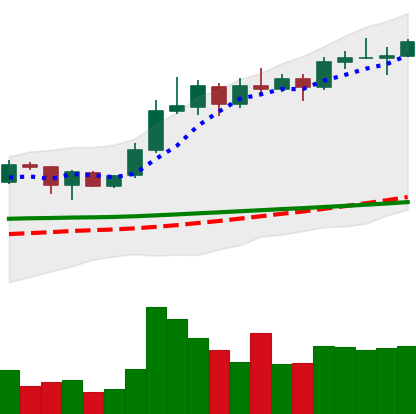
Ticker: ADA-USD
Chart end date: 2020-02-09
Forward return: 14.191%
Label: up_7plus